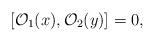
LaTeX: \begin{align*}[\mathcal{O}_1({x}), \mathcal{O}_2({y})]=0,\end{align*}